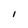
Character: I